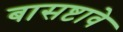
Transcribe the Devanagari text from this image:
बासष्टावे